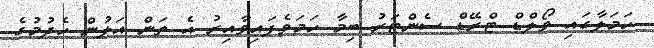
ހަމަލާގައި ވޯލްޑް ޓްރޭޑް ސެންޓަރު ބިމާ ހަމަވެފައިވާއިރު އެ ތަން އަލުން ހެދުމުގެ